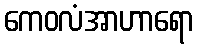
ကေဝလံအာဟာရော